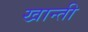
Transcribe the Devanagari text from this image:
खान्ती